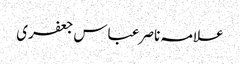
علامہ ناصر عباس جعفری